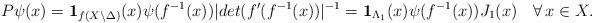
LaTeX: \begin{align*}P\psi(x)={\bf 1}_{f(X\setminus\Delta)}(x)\psi(f^{-1}(x))|det(f'(f^{-1}(x))|^{-1}={\bf 1}_{\Lambda_1}(x)\psi(f^{-1}(x))J_1(x)\quad\forall\, x\in X.\end{align*}